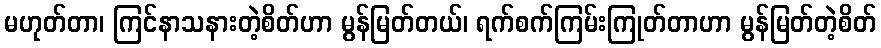
မဟုတ်တာ၊ ကြင်နာသနားတဲ့စိတ်ဟာ မွန်မြတ်တယ်၊ ရက်စက်ကြမ်းကြုတ်တာဟာ မွန်မြတ်တဲ့စိတ်